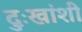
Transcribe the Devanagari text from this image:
दुःखांशी